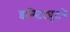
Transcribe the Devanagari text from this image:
इन्स्टिट्युटने